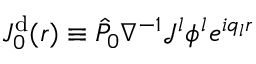
J _ { 0 } ^ { \mathrm { d } } ( \boldsymbol { r } ) \equiv \hat { P } _ { 0 } \nabla ^ { - 1 } \mathcal { J } ^ { l } { \phi } ^ { l } e ^ { i q _ { l } \boldsymbol { r } }